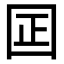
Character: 囸